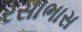
રસાભાસ